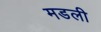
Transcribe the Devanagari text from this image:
मडली